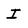
Character: I